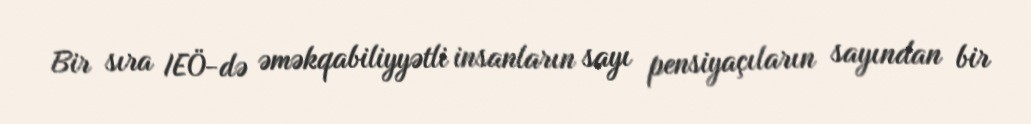
Bir sıra IEÖ-də əməkqabiliyyətli insanların sayı pensiyaçıların sayından bir